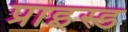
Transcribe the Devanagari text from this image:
प्राइस्ड